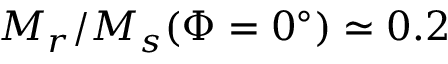
M _ { r } / M _ { s } ( \Phi = 0 ^ { \circ } ) \simeq 0 . 2